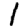
Digit: 1